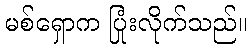
မစ်ရှောက ပြုံးလိုက်သည်။